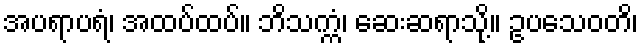
အပရာပရံ၊ အထပ်ထပ်။ ဘိသက္ကံ၊ ဆေးဆရာသို့။ ဥပသေဝတိ၊